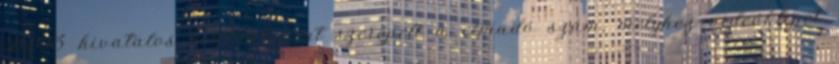
2003 hivatalos betétdalaként szerepelt a címadó szám, melyhez videóklipet